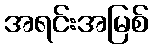
အရင်းအမြစ်